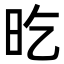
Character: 㫓